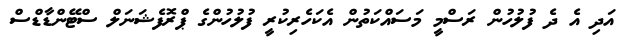
އަދި އެ ދެ ފުލުހުން ރަސްމީ މަސައްކަތުން އެކަހެރިކުރީ ފުލުހުންގެ ޕްރޮފެޝަނަލް ސްޓޭންޑާޑްސް